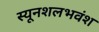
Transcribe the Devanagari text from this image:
स्यूनशलभवंश